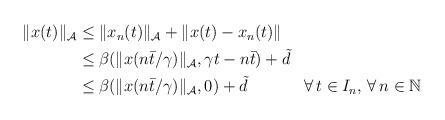
LaTeX: \begin{align*}\begin{aligned}\|x(t)\|_{\mathcal{A}} &\le \|x_{n}(t)\|_{\mathcal{A}} + \|x(t)-x_{n}(t)\| \\&\le \beta(\|x(n\bar{t}/\gamma)\|_{\mathcal{A}},\gamma t-n\bar{t}) + \tilde{d}\\&\le \beta(\|x(n\bar{t}/\gamma)\|_{\mathcal{A}},0) + \tilde{d}&& \forall\,t \in I_n,\,\forall \, n\in\mathbb{N}\end{aligned}\end{align*}